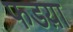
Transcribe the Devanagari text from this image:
फडय़ा